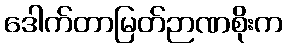
ဒေါက်တာမြတ်ဉာဏစိုးက